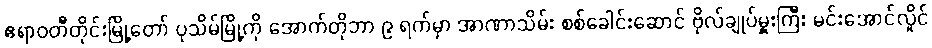
ဧရာဝတီတိုင်းမြို့တော် ပုသိမ်မြို့ကို အောက်တိုဘာ ၉ ရက်မှာ အာဏာသိမ်း စစ်ခေါင်းဆောင် ဗိုလ်ချုပ်မှူးကြီး မင်းအောင်လှိုင်